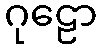
ဂုဠော